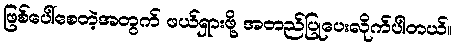
ဖြစ်ပေါ်စေတဲ့အတွက် ဖယ်ရှားဖို့ အတည်ပြုပေးလိုက်ပါတယ်။